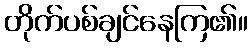
တိုက်ပစ်ချင်နေကြ၏။